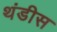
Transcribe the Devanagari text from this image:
थंडीस